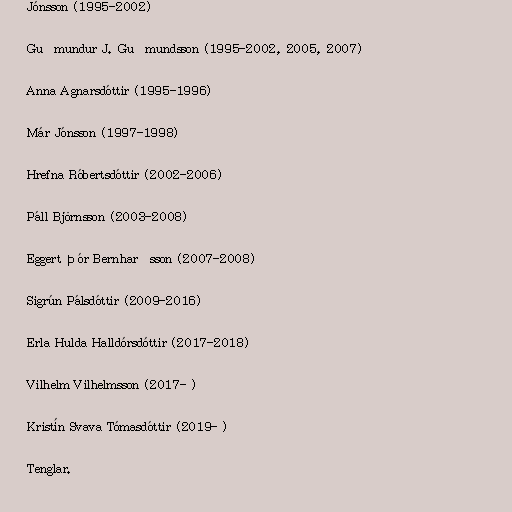
Jónsson (1995-2002)

Guðmundur J. Guðmundsson (1995-2002, 2005, 2007)

Anna Agnarsdóttir (1995-1996)

Már Jónsson (1997-1998)

Hrefna Róbertsdóttir (2002-2006)

Páll Björnsson (2003-2008)

Eggert Þór Bernharðsson (2007-2008)

Sigrún Pálsdóttir (2009-2016)

Erla Hulda Halldórsdóttir (2017-2018)

Vilhelm Vilhelmsson (2017- )

Kristín Svava Tómasdóttir (2019- )

Tenglar.